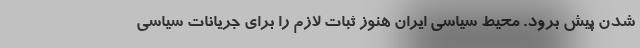
شدن پیش برود. محیط سیاسی ایران هنوز ثبات لازم را برای جریانات سیاسی